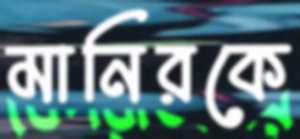
মানিরকে